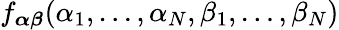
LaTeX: f_{\boldsymbol{\alpha\beta}}(\alpha_{1},\dots,\alpha_{N},\beta_{1},\dots,\beta_{N})